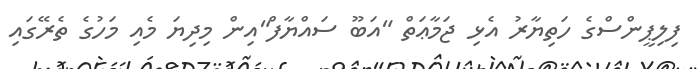
ފިލިޕީންސްގެ ހަތިޔާރު އެޅި ޖަމާޢަތް "އަބޫ ސައްޔާފް"އިން މިދިޔަ މެއި މަހުގެ ތެރޭގައި